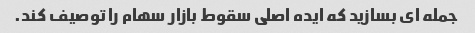
جمله ای بسازید که ایده اصلی سقوط بازار سهام را توصیف کند.